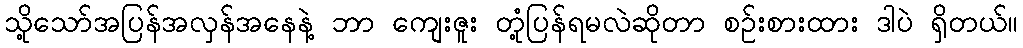
သို့သော်အပြန်အလှန်အနေနဲ့ ဘာ ကျေးဇူး တုံ့ပြန်ရမလဲဆိုတာ စဉ်းစားထား ဒါပဲ ရှိတယ်။